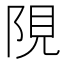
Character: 䧋